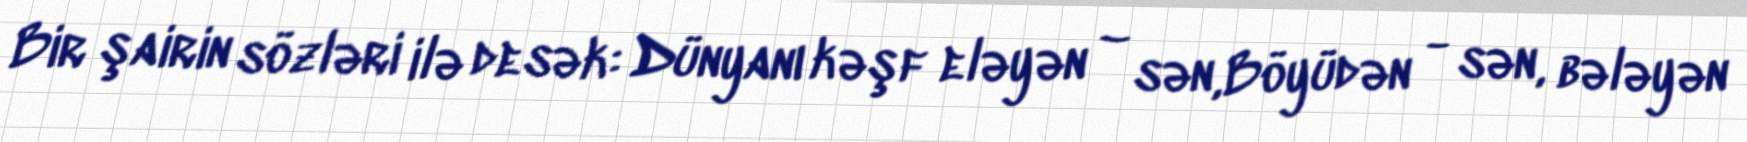
Bir şairin sözləri ilə desək: Dünyanı kəşf eləyən – sən,Böyüdən - sən, bələyən